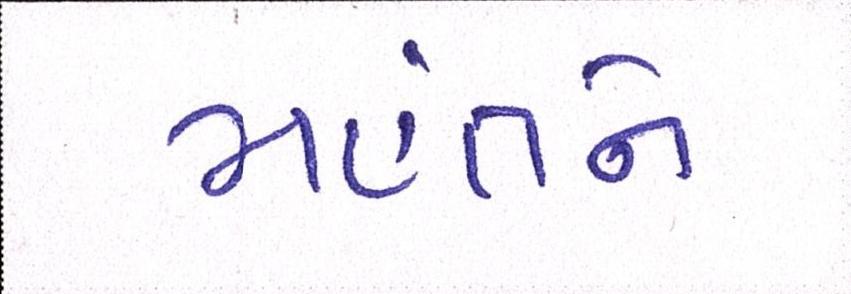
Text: મહંતને